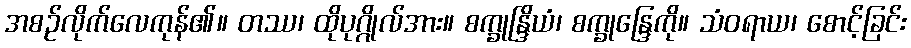
အစဉ်လိုက်လေကုန်၏။ တဿ၊ ထိုပုဂ္ဂိုလ်အား။ စက္ခုန္ဒြိယံ၊ စက္ခုန္ဒြေကို။ သံဝရာယ၊ စောင့်ခြင်း